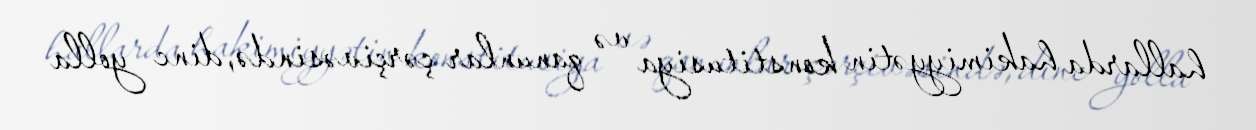
hallarda hakimiyyətin konstitusiya və qanunlar çərçivəsində, dinc yolla